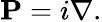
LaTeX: \mathbf{P}=i\nabla.